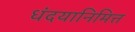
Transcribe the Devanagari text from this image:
धंदयानिमित्त्‍ा